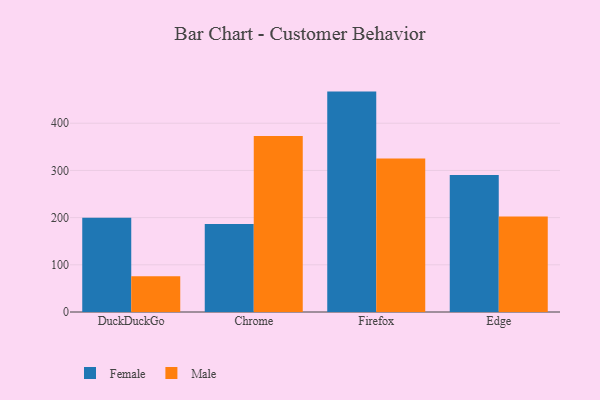
{"axis": {"x": "Browser", "y": "Shipments"}, "legend": ["Female", "Male"], "data": [{"x": "DuckDuckGo", "y": 199.6, "type": "Female"}, {"x": "DuckDuckGo", "y": 76.0, "type": "Male"}, {"x": "Chrome", "y": 186.6, "type": "Female"}, {"x": "Chrome", "y": 373.1, "type": "Male"}, {"x": "Firefox", "y": 467.1, "type": "Female"}, {"x": "Firefox", "y": 325.4, "type": "Male"}, {"x": "Edge", "y": 290.2, "type": "Female"}, {"x": "Edge", "y": 202.2, "type": "Male"}]}